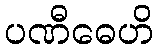
ပဏီဓေဟိ